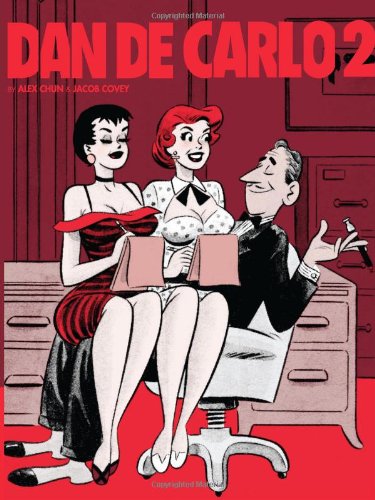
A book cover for The Pin-Up Art of Dan DeCarlo, Vol. 2; Comics & Graphic Novels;